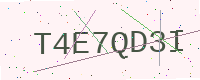
Text: T4E7QD3I